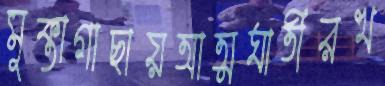
মুক্তাগাছায়আত্মঘাতীরখ